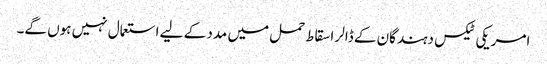
امریکی ٹیکس دہندگان کے ڈالر اسقاط حمل میں مدد کے لیے استعمال نہیں ہوں گے۔